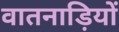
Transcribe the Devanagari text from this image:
वातनाड़ियों